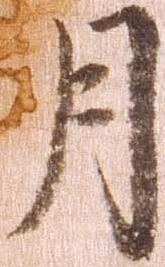
月